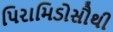
પિરામિડોસૌથી